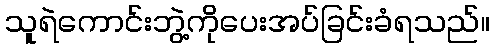
သူရဲကောင်းဘွဲ့ကိုပေးအပ်ခြင်းခံရသည်။